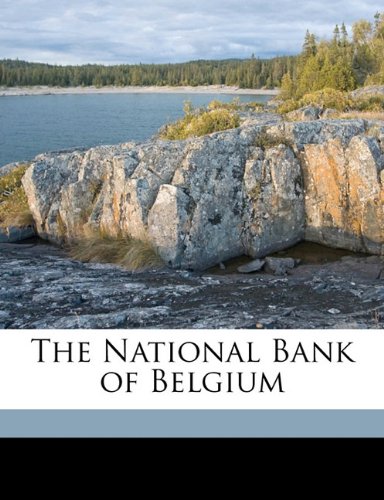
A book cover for The National Bank of Belgium; Charles A. 1861-1915 Conant; History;